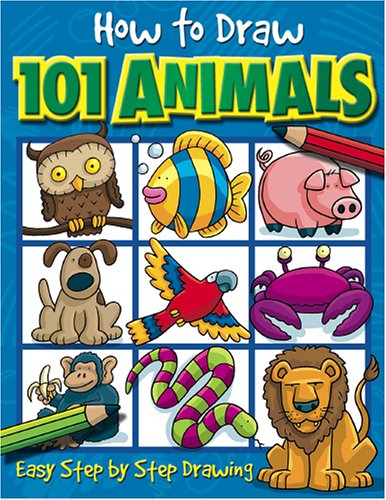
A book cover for How to Draw 101 Animals; Children's Books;